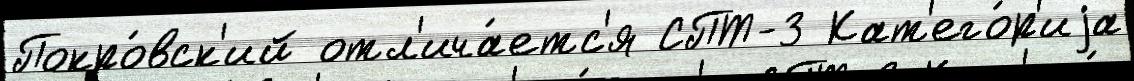
Покро́вск'ий отл'ича́етс'я СПТ-3 Кат'его́р'иjа